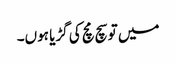
میں تو سچ مچ کی گڑیا ہوں۔